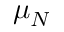
\mu _ { N }